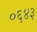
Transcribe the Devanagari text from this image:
०६४३